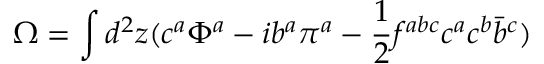
\Omega = \int d ^ { 2 } z ( c ^ { a } \Phi ^ { a } - i b ^ { a } \pi ^ { a } - \frac { 1 } { 2 } f ^ { a b c } c ^ { a } c ^ { b } \bar { b } ^ { c } )